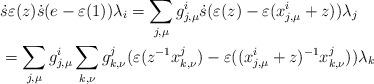
LaTeX: \begin{align*} &\ \dot{s}\varepsilon(z)\dot{s}(e-\varepsilon(1))\lambda_i = \sum_{j,\mu} g^i_{j,\mu} \dot{s} (\varepsilon(z)-\varepsilon(x^i_{j,\mu}+z))\lambda_j \\ &\ = \sum_{j,\mu} g^i_{j,\mu} \sum_{k,\nu} g^j_{k,\nu} (\varepsilon(z^{-1} x^j_{k,\nu})- \varepsilon((x^i_{j,\mu}+z)^{-1} x^j_{k,\nu})) \lambda_k\end{align*}